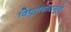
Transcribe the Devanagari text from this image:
विद्युतभारामुळे